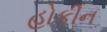
હોકીન